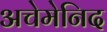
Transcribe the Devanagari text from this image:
अचेमेनिद